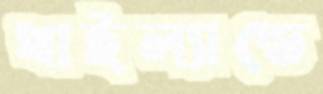
থাইল্যান্ডে